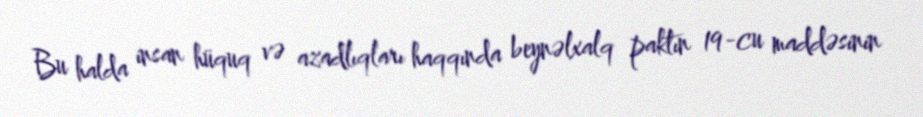
Bu halda insan hüquq və azadlıqları haqqında beynəlxalq paktın 19-cu maddəsinin